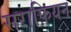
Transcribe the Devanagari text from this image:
सराफियन